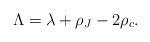
\begin{align*}\Lambda=\lambda+\rho_{J}-2\rho_c.\end{align*}